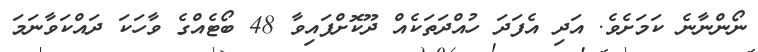
ނޯންނާނެ ކަމަށެވެ. އަދި އެފަދަ ހުއްދަތަކެއް ދޫކޮށްފައިވާ 48 ބޯޓެއްގެ ވާހަކަ ދައްކަވާނަމަ